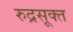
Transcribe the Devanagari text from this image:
रुद्रसूक्त